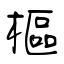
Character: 樞